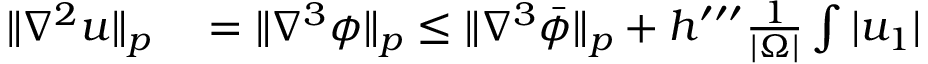
\begin{array} { r l } { \| \nabla ^ { 2 } u \| _ { p } } & { { } = \| \nabla ^ { 3 } \phi \| _ { p } \leq \| \nabla ^ { 3 } \bar { \phi } \| _ { p } + h ^ { \prime \prime \prime } \frac { 1 } { | \Omega | } \int | u _ { 1 } | } \end{array}